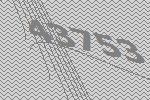
43753